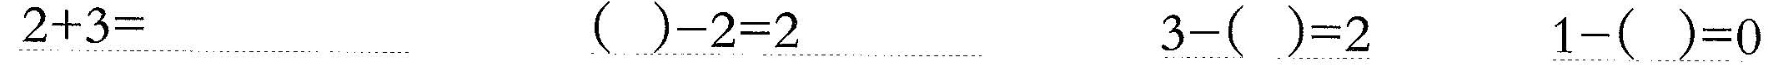
\underline{$$2 + 3 =$$} \underline{$$( ) - 2 = 2$$} \underline{$$3 - ( ) = 2$$} \underline{$$1 - ( ) = 0$$}